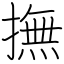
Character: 撫